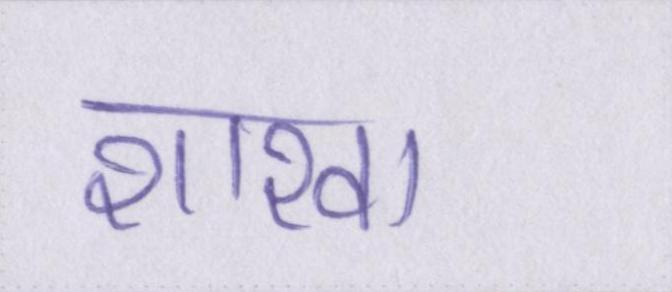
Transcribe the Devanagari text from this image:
शाखा